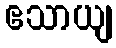
ဧသာယျ